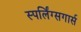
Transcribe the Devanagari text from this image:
स्पर्लिंग्सगार्स